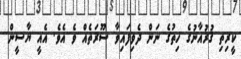
ކީރިތި ޤުރުއާނުގެ ހިތުގެ ނަން ދެވިފައިވާ ސޫރަތެއް ވެ އެވެ. އެއީ ޔާސީން